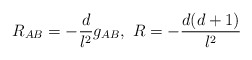
\begin{align*}R_{AB}= -\frac{d}{l^2}g_{AB},\,\, R=-\frac{d(d+1)}{l^2}\end{align*}